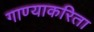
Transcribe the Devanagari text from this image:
गाण्याकरिता